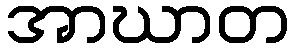
အာဃာတ